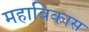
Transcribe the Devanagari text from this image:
महाविकास